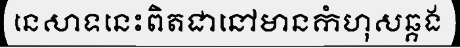
នេសាទនេះពិតជានៅមានកំហុសឆ្គង